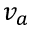
v _ { a }